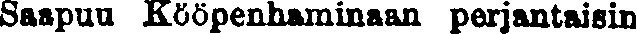
Saapuu Kööpenhaminaan perjantaisin